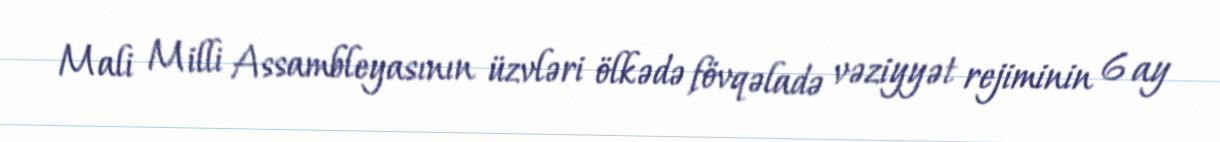
Mali Milli Assambleyasının üzvləri ölkədə fövqəladə vəziyyət rejiminin 6 ay